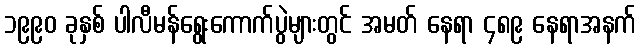
၁၉၉၀ ခုနှစ် ပါလီမန်ရွေးကောက်ပွဲများတွင် အမတ် နေရာ ၄၈၉ နေရာအနက်